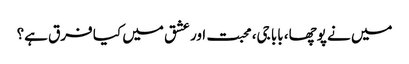
میں نے پوچھا، بابا جی، محبت اور عشق میں کیا فرق ہے؟